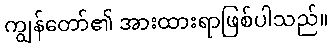
ကျွန်တော်၏ အားထားရာဖြစ်ပါသည်။